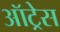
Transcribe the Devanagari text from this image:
ऑट्रेस